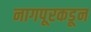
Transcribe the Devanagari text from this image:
नागपूरकडून